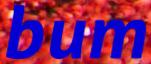
bum